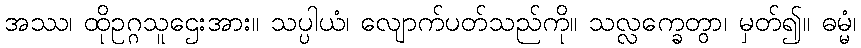
အဿ၊ ထိုဥဂ္ဂသူဌေးအား။ သပ္ပါယံ၊ လျောက်ပတ်သည်ကို။ သလ္လက္ခေတွာ၊ မှတ်၍။ ဓမ္မံ၊